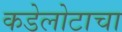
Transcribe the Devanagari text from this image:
कडेलोटाचा